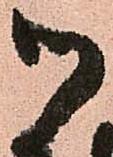
御